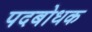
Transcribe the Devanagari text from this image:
पदबोधक